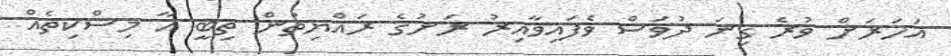
އަހަރަށް ވުރެ ގިިނަ ދުވަސް ވެފައިވާއިރު ރަށުގެ ރައްޔިތުން ތިބީ އާ މިސްކިތެއް